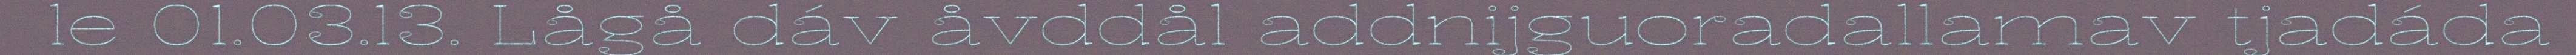
le 01.03.13. Lågå dáv åvddål addnijguoradallamav tjadáda